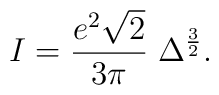
I = {e^2\sqrt{2}\over 3\pi}\;\Delta^{3\over 2}.